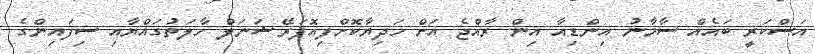
އަސްކަރީ ބައެއް ސާމާނު އިންޑިއާ އިން ރާއްޖެ އަށް ހަދިޔާކޮށްފިއޮޕަރޭޝަނަލް ހާލަތުގައްޔާއި ސިފައިންގެ